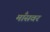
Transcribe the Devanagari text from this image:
माँसवर